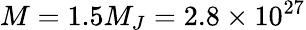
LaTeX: M=1.5M_{J}=2.8\times 10^{27}